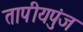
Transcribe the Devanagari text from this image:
तापीयपुंज